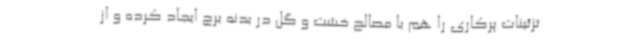
تزئینات پرکاری را هم با مصالح خشت و گل در بدنه برج ایجاد کرده و از